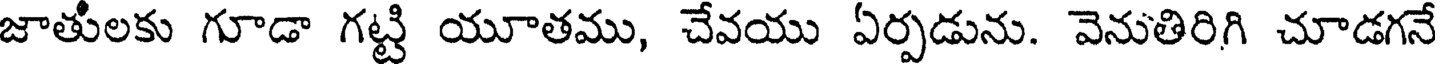
జాతులకు గూడా గట్టి యూతము, చేవయు ఏర్పడును. వెనుతిరిగి చూడగనే